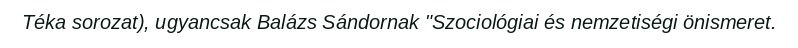
Téka sorozat), ugyancsak Balázs Sándornak "Szociológiai és nemzetiségi önismeret.